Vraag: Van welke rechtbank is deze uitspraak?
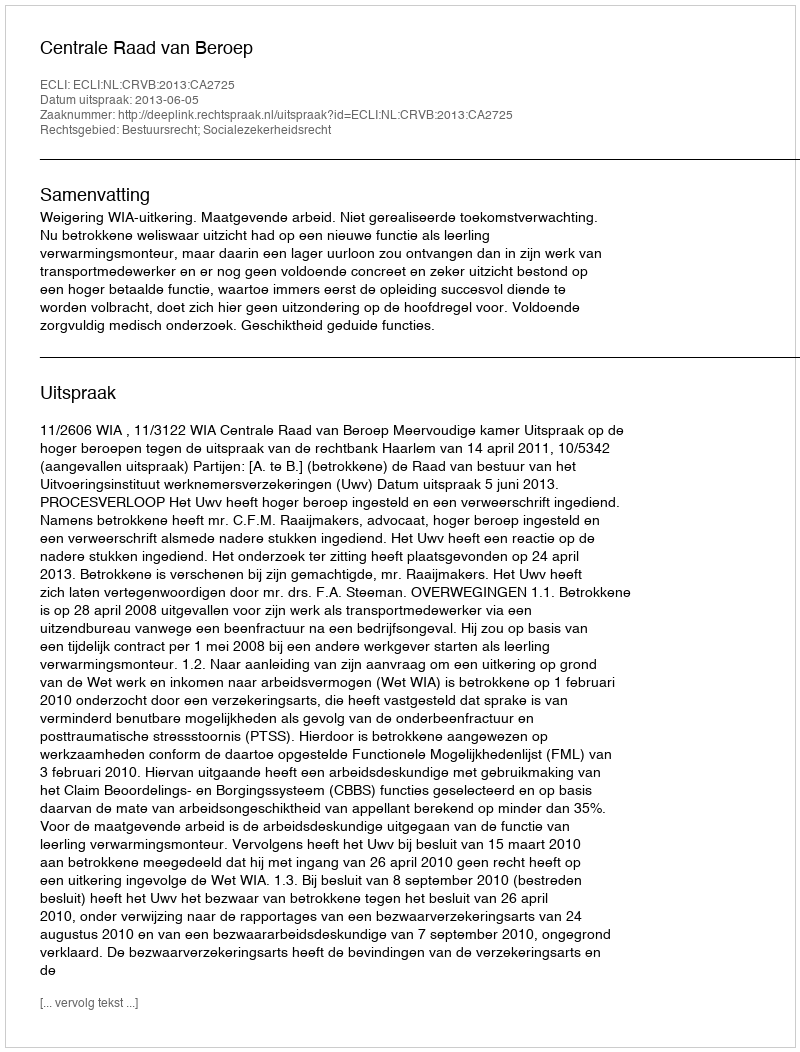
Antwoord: Centrale Raad van Beroep